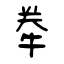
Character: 牶